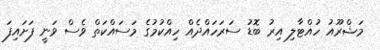
މަޝްރޫއު ހުއްޓާލި އިރު ބޮޑު ސަރަހައްދެއް ހިއްކުމުގެ މަސައްކަތް ވެސް ވަނީ ފަށައިފަ